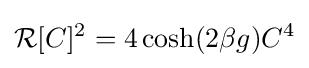
{\mathcal {R}}[C]^{2}=4\cosh(2\beta g)C^{4}